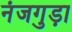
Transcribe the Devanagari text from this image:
नंजगुड़ा